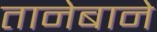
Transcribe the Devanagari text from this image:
तानेबाने